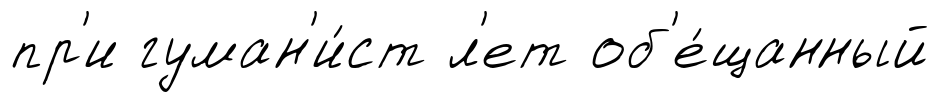
пр'и гуман'и́ст л'ет об'е́щанный